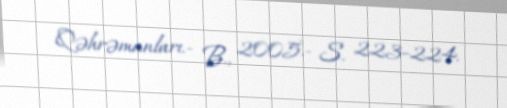
Qəhrəmanları.- B., 2005.- S. 223–224.